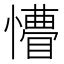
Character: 𭟆